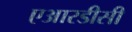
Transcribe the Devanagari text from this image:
एआरडीसी